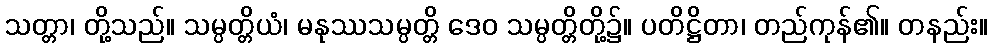
သတ္တာ၊ တို့သည်။ သမ္ပတ္တိယံ၊ မနုဿသမ္ပတ္တိ ဒေဝ သမ္ပတ္တိတို့၌။ ပတိဋ္ဌိတာ၊ တည်ကုန်၏။ တနည်း။